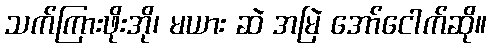
သက်ကြားဖိုးအို၊ မယား ဆဲ အမြဲ အော်ငေါက်ဆို။